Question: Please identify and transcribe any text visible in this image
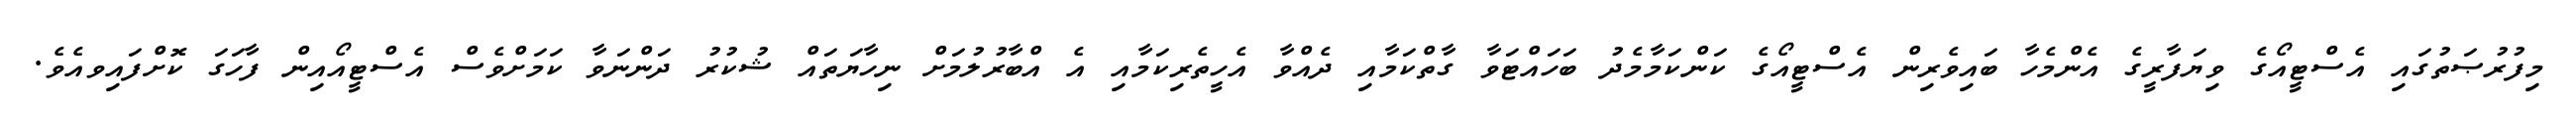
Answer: މިފުރުޞަތުގައި އެސްޓީއޯގެ ވިޔަފާރީގެ އެންމެހާ ބައިވެރިން އެސްޓީއޯގެ ކަންކަމާމެދު ބަހައްޓަވާ ގާތްކަމާއި ދެއްވާ އެހީތެރިކަމާއި އެ އްބާރުލުމަށް ނިހާޔަތައް ޝުކުރު ދަންނަވާ ކަމަށްވެސް އެސްޓީއޯއިން ފާހަގަ ކޮށްފައިވއެވެ.